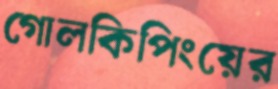
গোলকিপিংয়ের